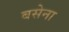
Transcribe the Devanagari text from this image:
बसेना